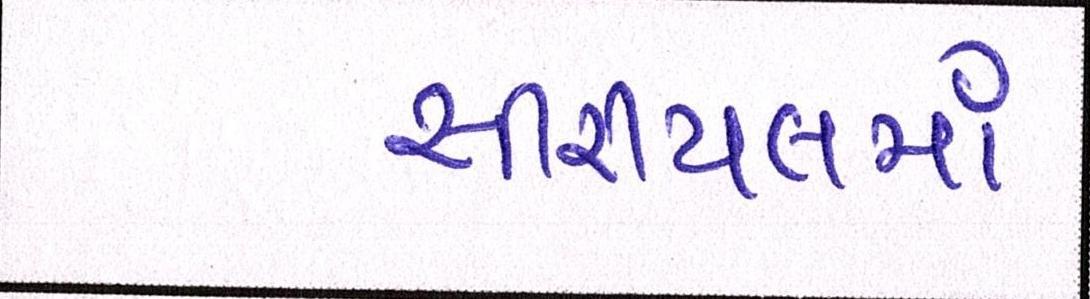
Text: સીરીયલમાં